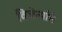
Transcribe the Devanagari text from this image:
विजेत्यांचे